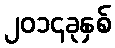
၂၀၁၄ခုနှစ်